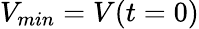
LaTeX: V_{min}=V(t=0)